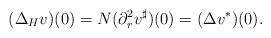
LaTeX: \begin{align*}(\Delta_H v)(0)=N(\partial_r^2v^\sharp)(0)=(\Delta v^*)(0). \end{align*}